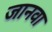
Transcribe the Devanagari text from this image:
जानवा